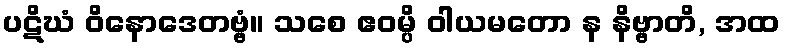
ပဋိဃံ ဝိနောဒေတဗ္ဗံ။ သစေ ဧဝမ္ပိ ဝါယမတော န နိဗ္ဗာတိ, အထ